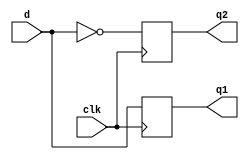
module df(input d,clk,output reg q1,q2); 
always@(posedge clk) 
begin 
q1=d; 
q2=~(q1); 
end 
endmodule

 
module reg8(d,clk,o); 
input[7:0]d; 
input clk; 
output[7:0]o; 
df d1(d[0],clk,o[0]); 
df d2(d[1],clk,o[1]); 
df d3(d[2],clk,o[2]); 
df d4(d[3],clk,o[3]); 
df d5(d[4],clk,o[4]); 
df d6(d[5],clk,o[5]); 
df d7(d[6],clk,o[6]); 
df d8(d[7],clk,o[7]); 
endmodule 


module mux(o,a,b,c,d,s); 
input wire[1:0]s; 
input[7:0]a,b,c,d; 
output[7:0]o; 
assign o=(~s[0]&~s[1]&a)|(~s[1]&s[0]&b)|(s[1]&~s[0]&c)|(s[1]&s[0]&d); 
endmodule 


module regfile1(d,clk,s,o); 
input[7:0]d; 
input clk; 
input[1:0]s; 
output[7:0]o; 

wire[7:0]o1,o2,o3,o4; 
wire c1,c2,c3,c4; 
assign c1=(~s[0]&~s[1]&clk); 
assign c2=(~s[1]&s[0]&clk); 
assign c3=(s[1]&~s[0]&clk); 
assign c4=(s[1]&s[0]&clk); 
reg8 r1(d,c1,o1); 
reg8 r2(d,c2,o2); 
reg8 r3(d,c3,o3); 
reg8 r4(d,c4,o4); 
mux m1(o,o1,o2,o3,o4,s); 
endmodule